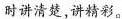
时讲清楚,讲精彩。